Leaving Certificate Examination (including Day School Certificate (Higher) General paper), 1926
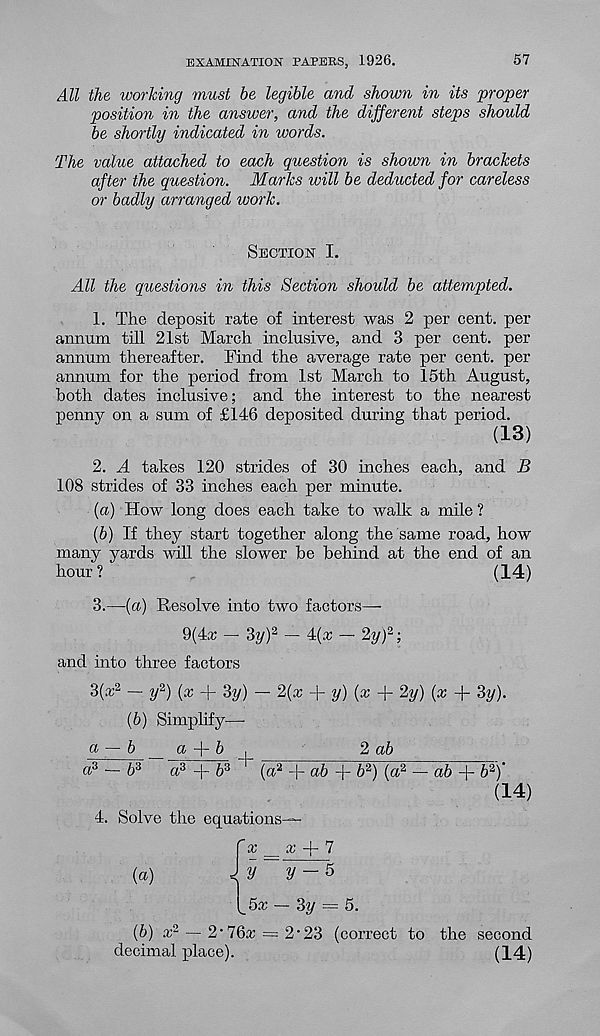
EXAMXNATIOH PAPERS, 1926.
57
All the working must he legible and shown in its proper
position in the answer, and the different steps should
be shortly indicated in words.
The value attached to each question is shown in brackets
after the question. Marks will be deducted for careless
or badly arranged work.
Section I.
All the questions in this Section should be attempted.
1. The deposit rate of interest was 2 per cent, per
annum till 21st March inclusive, and 3 per cent, per
annum thereafter. Find the average rate per cent, per
annum for the period from 1st March to 15th August,
both dates inclusive; and the interest to the nearest
penny on a sum of £146 deposited during that period.
(13)
2. A takes 120 strides of 30 inches each, and B
108 strides of 33 inches each per minute.
(a) How long does each take to walk a mile ?
(b) If they start together along the same road, how
many yards will the slower be behind at the end of an
hour ?
(14)
3.—(a) Resolve into two factors—
9(4x — 3y) 2 — A(x — 2yf;
and into three factors
3(* 2 — y 2 ) (x + 3y) — 2{x + y) (x + 2y) (x + 3y).
(b) Simplify-—
a — b __«■ + &.
2 ab
a 3 — 6 3
a 3 4- 6 s
(a 2 +
+ 6 2 ) (a 2 — ab
& 2 )'
(14)
4. Solve the equations
' x _
y ~
X
{a)
2/
2/ - 5
(_5a: — 3?/ = 5.
(6) a; 2 — 2*76x = 2-23 (correct to the second
decimal place).
(14)